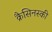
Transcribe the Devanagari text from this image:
क्रैसिनस्की